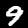
Digit: 9